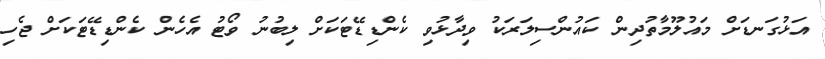
އަޅުގަނޑަށް މައުލޫމާތުދިން ކައުންސިލަރަކު ވިދާޅުވި ކެންޑިޑޭޓަކަށް ލިބުނު ވޯޓު އެހެން ކެންޑިޑޭޓަކަށް ޖެހި